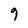
Character: g